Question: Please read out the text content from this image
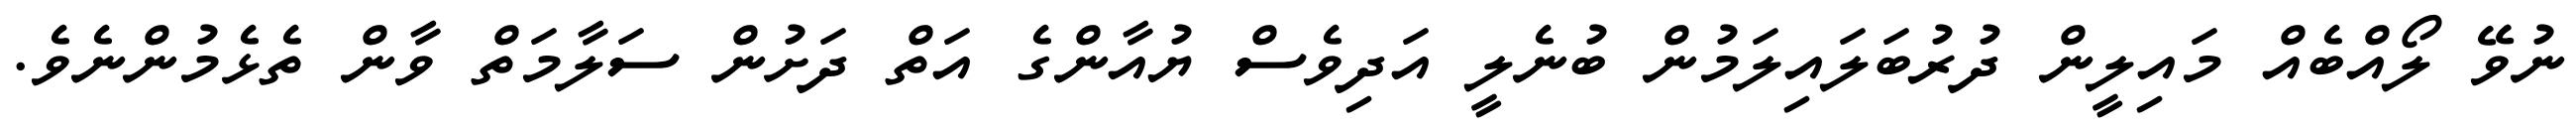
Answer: ނުވޭ ލޯއްބެއް މައިލީން ދުރުބަލައިލަމުން ބުނެލީ އަދިވެސް ޔުއާންގެ އަތް ދަށުން ސަލާމަތް ވާން ތެޅެމުންނެވެ.